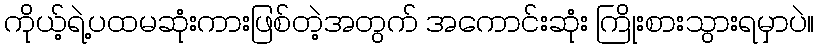
ကိုယ့်ရဲ့ပထမဆုံးကားဖြစ်တဲ့အတွက် အကောင်းဆုံး ကြိုးစားသွားရမှာပဲ။